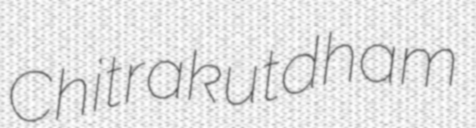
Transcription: Chitrakutdham